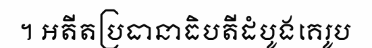
។ អតីតប្រធានាធិបតីដំបូងគេរូប